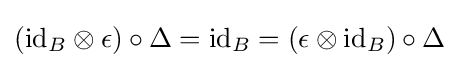
(\mathrm {id} _{B}\otimes \epsilon )\circ \Delta =\mathrm {id} _{B}=(\epsilon \otimes \mathrm {id} _{B})\circ \Delta